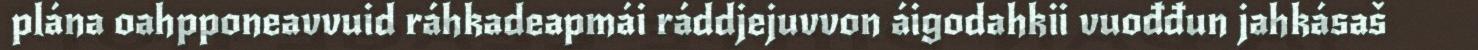
plána oahpponeavvuid ráhkadeapmái ráddjejuvvon áigodahkii vuođđun jahkásaš